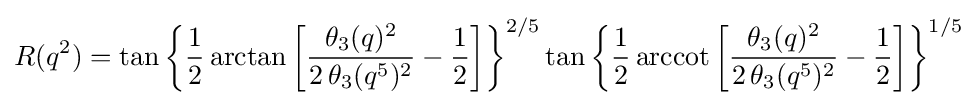
R(q^{2})=\tan {\biggl \{}{\frac {1}{2}}\arctan {\biggl [}{\frac {\theta _{3}(q)^{2}}{2\,\theta _{3}(q^{5})^{2}}}-{\frac {1}{2}}{\biggr ]}{\biggr \}}^{2/5}\tan {\biggl \{}{\frac {1}{2}}\operatorname {arccot} {\biggl [}{\frac {\theta _{3}(q)^{2}}{2\,\theta _{3}(q^{5})^{2}}}-{\frac {1}{2}}{\biggr ]}{\biggr \}}^{1/5}